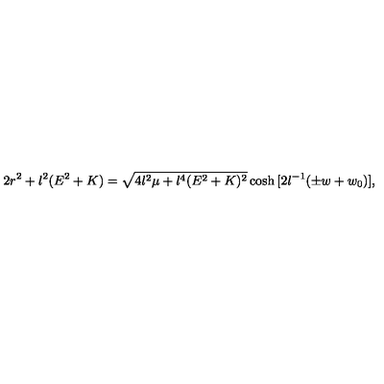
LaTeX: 2 r ^ { 2 } + l ^ { 2 } ( E ^ { 2 } + K ) = \sqrt { 4 l ^ { 2 } \mu + l ^ { 4 } ( E ^ { 2 } + K ) ^ { 2 } } \cosh { [ 2 l ^ { - 1 } ( \pm w + w _ { 0 } ) ] } ,